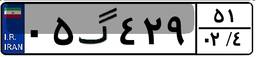
۰۲گ۹۹۲۰۵